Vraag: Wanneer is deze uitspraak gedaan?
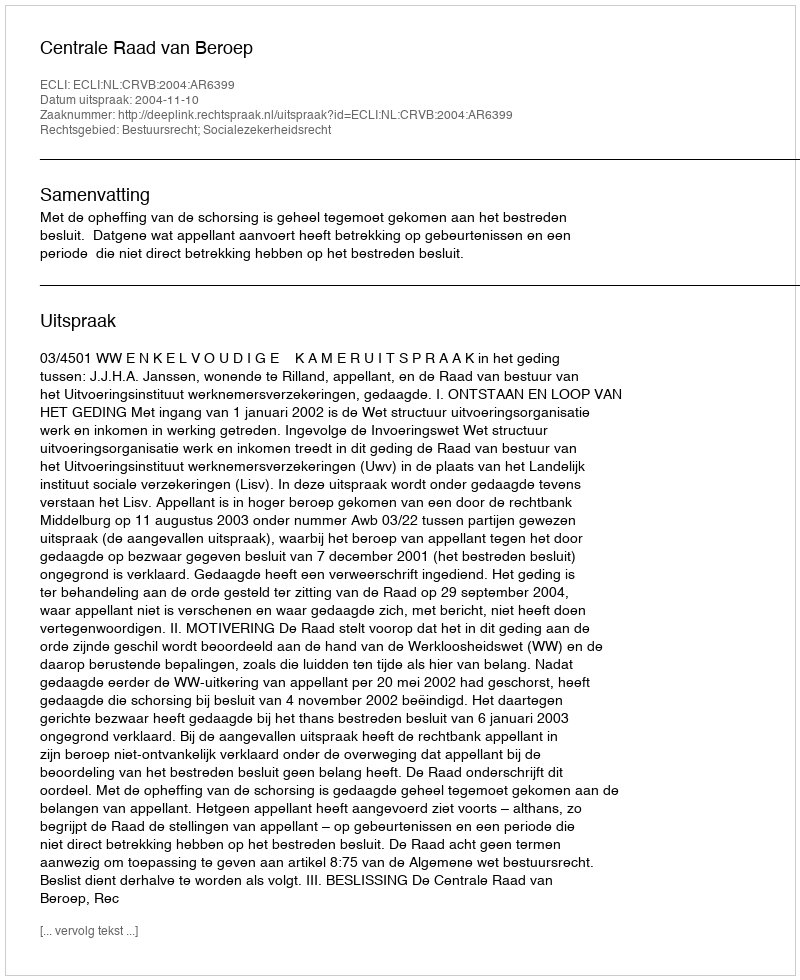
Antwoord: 2004-11-10